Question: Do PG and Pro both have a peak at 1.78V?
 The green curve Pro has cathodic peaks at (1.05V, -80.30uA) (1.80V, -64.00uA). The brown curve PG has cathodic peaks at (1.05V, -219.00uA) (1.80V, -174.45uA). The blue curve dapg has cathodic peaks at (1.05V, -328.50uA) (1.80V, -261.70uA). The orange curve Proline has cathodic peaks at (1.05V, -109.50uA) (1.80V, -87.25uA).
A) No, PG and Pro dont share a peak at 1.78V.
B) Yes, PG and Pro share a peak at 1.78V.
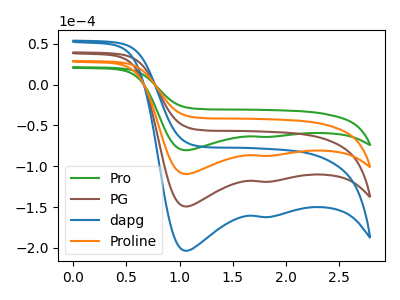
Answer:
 <answer>B) Yes, "PG" and "Pro" share a peak at 1.78V.</answer>
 <eval>B</eval>